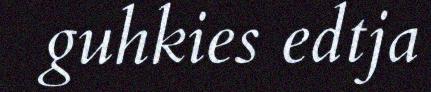
guhkies edtja